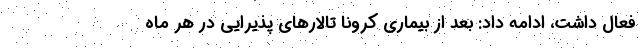
فعال داشت، ادامه داد: بعد از بیماری کرونا تالارهای پذیرایی در هر ماه